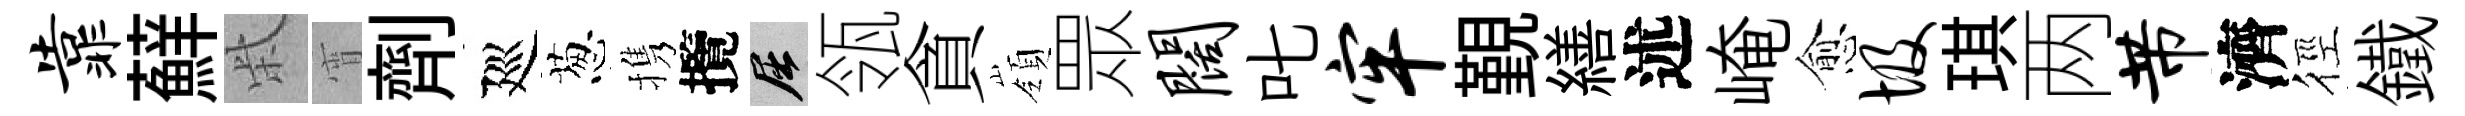
靠蘚柴宵劑廵葱携攬屈瓴貪嶺眾阔叱牢覲繕述崦愈圾琪两芾濟徑鐵